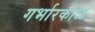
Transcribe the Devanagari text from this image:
गर्भारकाळ